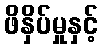
ဖိနှိပ်မှုနှင့်